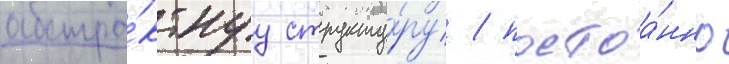
абстра́ктнуу структу́ру / постоа́нно